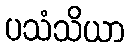
ပသံသိယာ